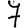
Digit: 7